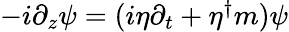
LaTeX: \begin{array}{r}{-i\partial_{z}\psi=(i\eta\partial_{t}+\eta^{\dagger}m)\psi}\end{array}